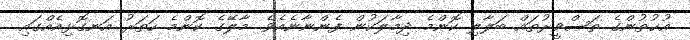
އުޚުތުންގެ ތަޞްވީރުތައް ބަލާލި ކޮންމެ ދިމާލަކުން ފެންނާނެއެވެ. މާލޭގެ ކޮންމެ ހަތަރު އަނގޮޅިއެއްގައި